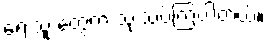
ရေးသူ တွေက သုံးသပ်ကြပါတယ်။